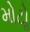
મોટોૢ